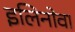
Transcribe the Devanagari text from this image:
इलिनोवा